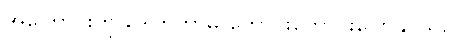
အကြောင်းကို ဒေါက်တာမိ ကောင်းကောင်းပြောနိုင်သည်။